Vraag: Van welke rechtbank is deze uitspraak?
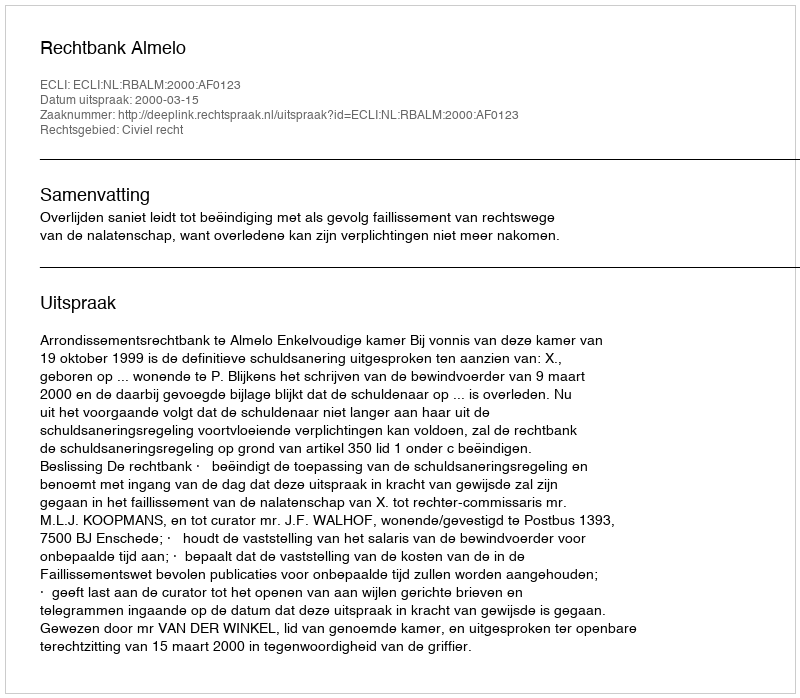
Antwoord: Rechtbank Almelo